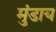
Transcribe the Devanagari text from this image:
मुंडाय